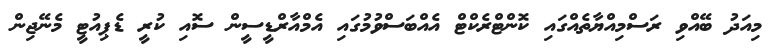
މިއަދު ބޭއްވި ރަސްމިއްޔާތެއްގައި ކޮންޓްރެކްޓް އެއްބަސްވުމުގައި އެމްއާރްޑީސީން ސޮއި ކުރީ ޑެޕިއުޓީ މެނޭޖިން